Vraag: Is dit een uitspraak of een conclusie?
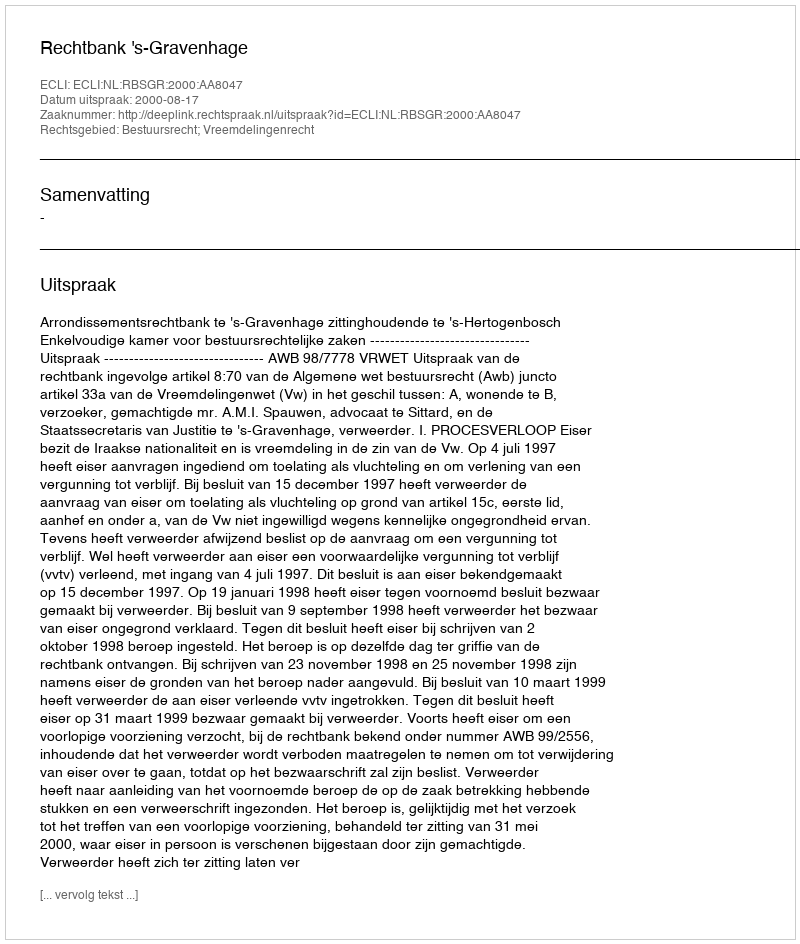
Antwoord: Uitspraak